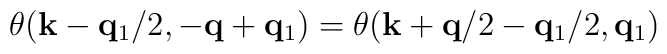
\theta({\bf{k}} - {\bf{q}}_{1}/2, -{\bf{q}}+{\bf{q}}_{1})= \theta({\bf{k}} + {\bf{q}}/2 - {\bf{q}}_{1}/2, {\bf{q}}_{1})